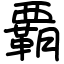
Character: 覇